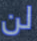
لن